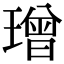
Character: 璔